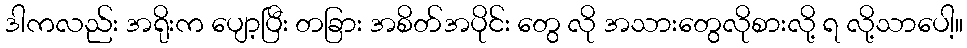
ဒါကလည်း အရိုးက ပျော့ပြီး တခြား အစိတ်အပိုင်း တွေ လို အသားတွေလိုစားလို့ ရ လို့သာပေါ့။